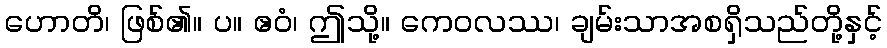
ဟောတိ၊ ဖြစ်၏။ ပ။ ဧဝံ၊ ဤသို့။ ကေဝလဿ၊ ချမ်းသာအစရှိသည်တို့နှင့်